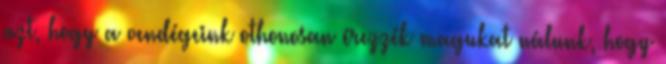
azt, hogy a vendégeink othonosan érezzék magukat nálunk, hogy